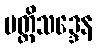
ပတ္တိသဒ္ဒေန